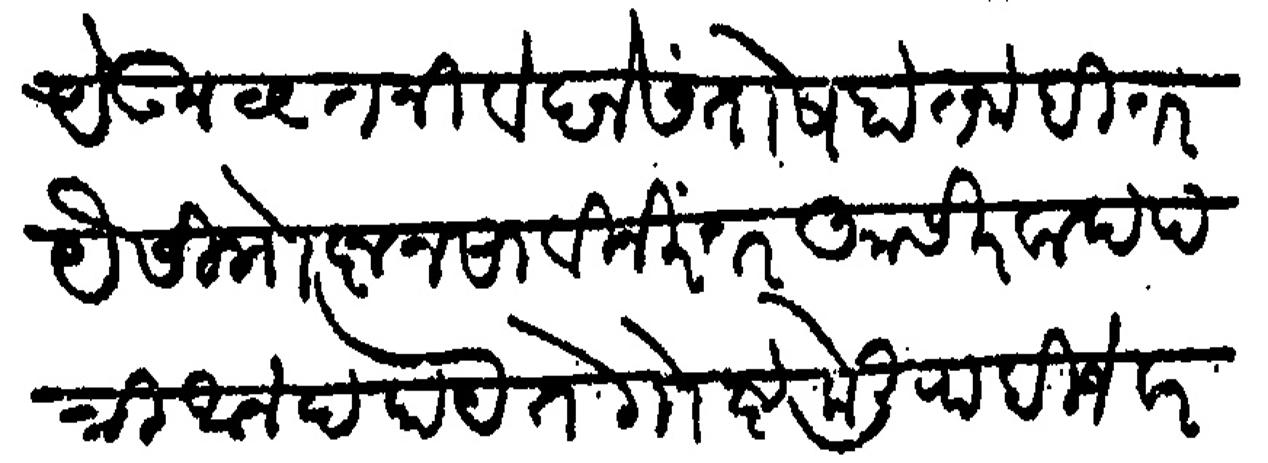
Transliteration (Devanagari): येऊन वृत्त निवेदन संतोष होत नाही तर यैसी गोष्ट नसावी निरंतर आसीरवाद पत्री आनंद होय ते गोष्ट केली पाहिजे वरकड